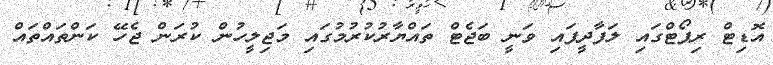
އޮޑިޓް ރިޕޯޓްގައި ލަފާދީފައި ވަނީ ބަޖެޓް ތައްޔާރުކުރުމުގައި މަޖިލީހުން ކުރަން ޖެހޭ ކަންތައްތައް